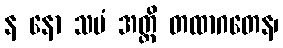
န နော သမံ အတ္ထိ တထာဂတေန၊